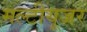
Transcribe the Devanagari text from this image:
मल्टीयूजर